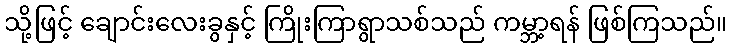
သို့ဖြင့် ချောင်းလေးခွနှင့် ကြိုးကြာရွာသစ်သည် ကမ္ဘာ့ရန် ဖြစ်ကြသည်။